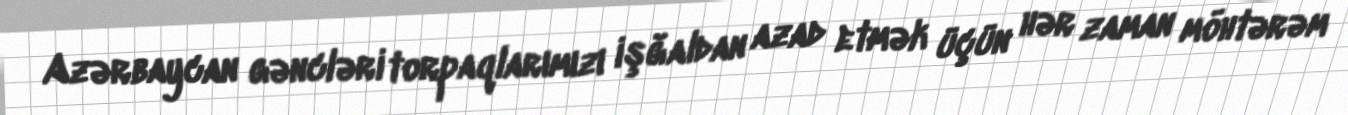
Azərbaycan gəncləri torpaqlarımızı işğaldan azad etmək üçün hər zaman möhtərəm